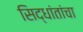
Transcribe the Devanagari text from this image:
सिद्धांतांचा